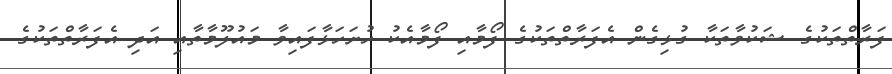
ފަރާތްތަކުގެ ޝަކުވާތަކާ ގުޅިގެން އެފަރާތްތަކުގެ ފޯމާއި ފޯމާއެކު ހުށަހަޅާފައިވާ މައުލޫމާތާއި އަދި އެފަރާތްތަކުގެ